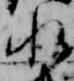
水